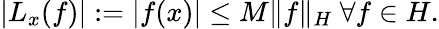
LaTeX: |L_{x}(f)|:=|f(x)|\leq M\| f\| _{H}{\mathrm{~}}\forall f\in H.